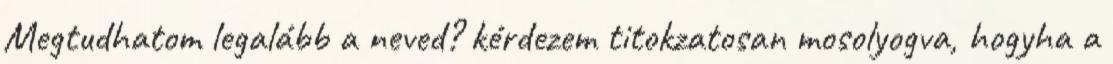
Megtudhatom legalább a neved? kérdezem titokzatosan mosolyogva, hogyha a